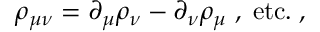
\rho _ { \mu \nu } = \partial _ { \mu } \rho _ { \nu } - \partial _ { \nu } \rho _ { \mu } \; , \; \mathrm { e t c . } \; ,